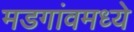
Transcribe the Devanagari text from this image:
मडगांवमध्ये